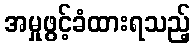
အမှုဖွင့်ခံထားရသည့်